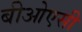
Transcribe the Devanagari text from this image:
बीओएसी